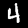
Label: 4